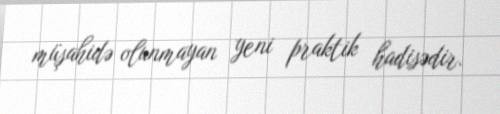
müşahidə olunmayan yeni praktik hadisədir.